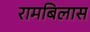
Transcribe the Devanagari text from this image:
रामबिलास